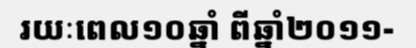
រយៈពេល១០ឆ្នាំ ពីឆ្នាំ២០១១-